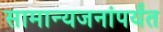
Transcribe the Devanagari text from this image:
सामान्यजनांपर्यंत